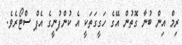
ރިމް އިން ބުނާ ގޮތުން އޭގެ ހަގީގަތަކީ އެ ކުންފުނީގެ އެޕް ސްޓޯރެވެ.